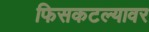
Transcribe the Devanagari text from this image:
फिसकटल्यावर